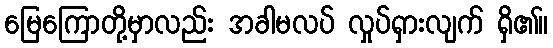
မြေကြောတို့မှာလည်း အခါမလပ် လှုပ်ရှားလျက် ရှိ၏။